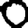
Digit: 0